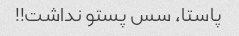
پاستا، سس پستو نداشت!!